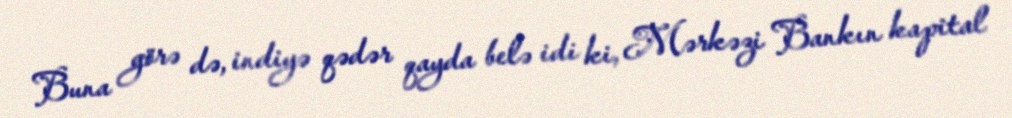
Buna görə də, indiyə qədər qayda belə idi ki, Mərkəzi Bankın kapital